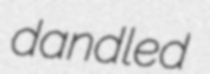
dandled